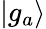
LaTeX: \mathinner{|{g_{a}}\rangle}